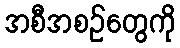
အစီအစဉ်တွေကို